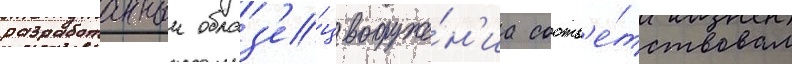
разработанныи образ'е́ц вооруже́н'иа соотв'е́тствовал